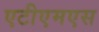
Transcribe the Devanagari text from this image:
एटीएमएस